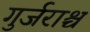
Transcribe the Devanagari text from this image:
गुर्जराश्च